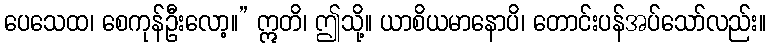
ပေသေထ၊ စေကုန်ဦးလော့။” ဣတိ၊ ဤသို့။ ယာစိယမာနောပိ၊ တောင်းပန်အပ်သော်လည်း။